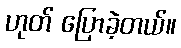
ဟုတ် ပြောခဲ့တယ်။